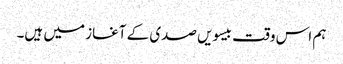
ہم اس وقت بیسویں صدی کے آغاز میں ہیں۔